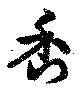
香